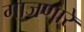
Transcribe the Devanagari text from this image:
गाजणारे